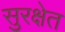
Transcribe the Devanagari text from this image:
सुरक्षेत